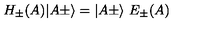
H _ { \pm } ( A ) \vert A \pm \rangle = \vert A \pm \rangle \ E _ { \pm } ( A )